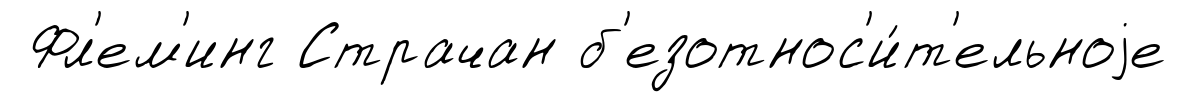
Фл'ем'инг Страчан б'езотнос'и́т'ельноjе